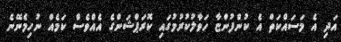
އަދި އެ މަސައްކަތް އެ ކުންފުންޏާ ހަވާލުކުރުމުގައި ކޮރަޕްޝަންގެ އެއްވެސް ކަމެއް ނުހިމެނޭނެ